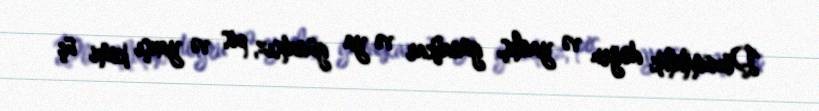
Dözümlülük doğru və yanlış, günahkar və ya günahsız, pis və yaxşı kimi üç